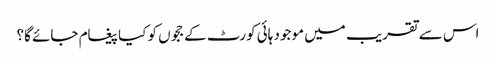
اس سے تقریب میں موجود ہائی کورٹ کے ججوں کو کیا پیغام جائے گا؟